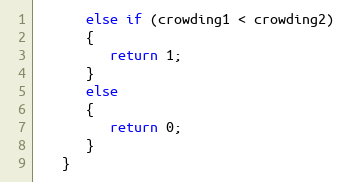
Language: Java
      else if (crowding1 < crowding2)
      {
         return 1;
      }
      else
      {
         return 0;
      }
   }